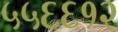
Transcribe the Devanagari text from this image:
५५६६१२